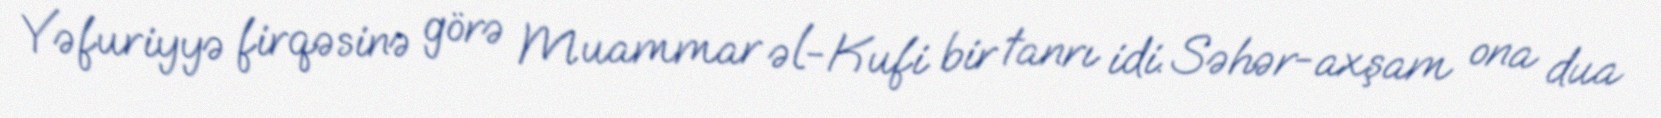
Yəfuriyyə firqəsinə görə Muammar əl-Kufi bir tanrı idi. Səhər-axşam ona dua